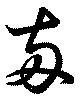
両